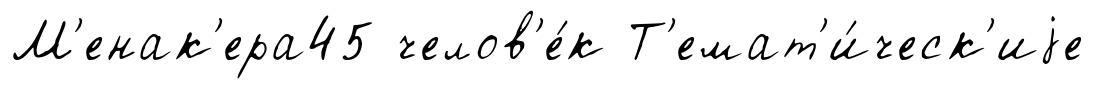
М'енак'ера45 челов'е́к Т'емат'и́ческ'иjе